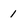
Character: 1